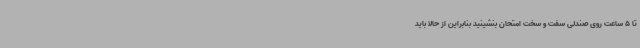
تا 5 ساعت روی صندلی سفت و سخت امتحان بنشینید بنابراین از حالا باید